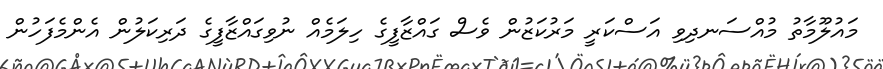
މައުލޫމާތު މުއްސަނދިވި އަސްކަރީ މަރުކަޒުން ވެސް ގައްޒާފީގެ ހިލަމެއް ނުވިގައްޒާފީގެ ދަރިކަލުން އެންމެފަހުން